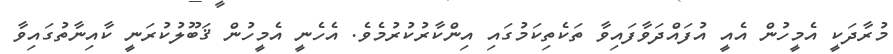
މުރާދަކީ އެމީހުން އެއީ އުފައްދަވާފައިވާ ތަކެތިކަމުގައި އިންކާރުކުރުމެވެ. އެހެނީ އެމީހުން ޤަބޫލުކުރަނީ ކާއިނާތުގައިވާ